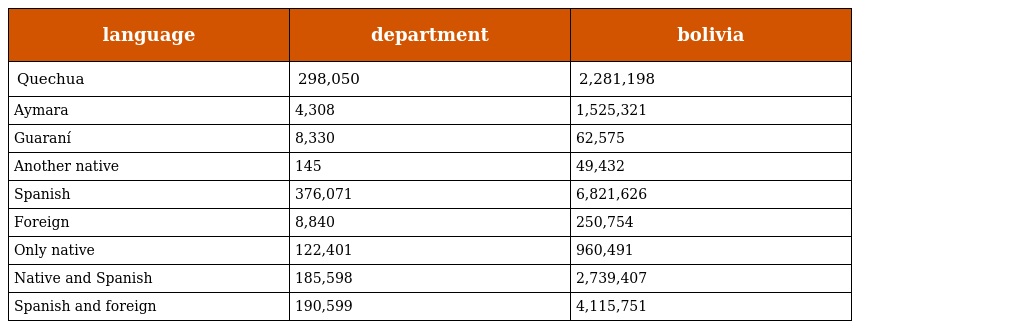
| language | department | bolivia |
 | --- | --- | --- |
 | Quechua | 298,050 | 2,281,198 |
 | Aymara | 4,308 | 1,525,321 |
 | Guaraní | 8,330 | 62,575 |
 | Another native | 145 | 49,432 |
 | Spanish | 376,071 | 6,821,626 |
 | Foreign | 8,840 | 250,754 |
 | Only native | 122,401 | 960,491 |
 | Native and Spanish | 185,598 | 2,739,407 |
 | Spanish and foreign | 190,599 | 4,115,751 |